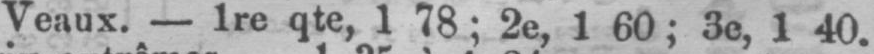
Veaux. - 1re qte, 1 78 ; 2e, 1 60; 3e, 1 40.